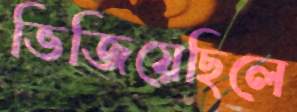
ভিজিয়েছিলে